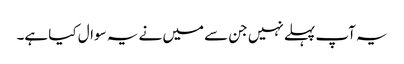
یہ آپ پہلے نہیں جن سے میں نے یہ سوال کیا ہے۔